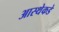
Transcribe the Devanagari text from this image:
आस्थेकडे